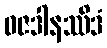
ဓဇဒါနဿိဒံ